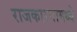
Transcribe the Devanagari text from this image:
राजकारनामध्ये